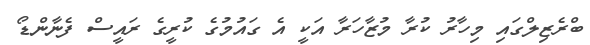
ބްރެޒިލްގައި މިހާރު ކުރާ މުޒާހަރާ އަކީ އެ ގައުމުގެ ކުރީގެ ރައީސް ފެނާންޑޯ